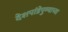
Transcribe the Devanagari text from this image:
देशपांडेपुण्याच्या